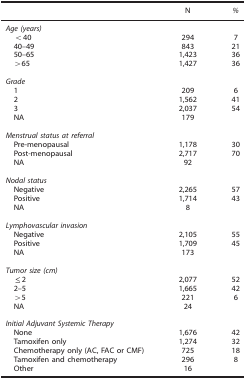
<table><thead><tr><td></td><td><b>N</b></td><td><b><i>%</i></b></td></tr></thead><tbody><tr><td><i>Age (years)</i></td><td></td><td></td></tr><tr><td> &lt;40</td><td>294</td><td>7</td></tr><tr><td> 40–49</td><td>843</td><td>21</td></tr><tr><td> 50–65</td><td>1,423</td><td>36</td></tr><tr><td> &gt;65</td><td>1,427</td><td>36</td></tr><tr><td></td><td> </td><td> </td></tr><tr><td colspan="3"><i>Grade</i></td></tr><tr><td> 1</td><td>209</td><td>6</td></tr><tr><td> 2</td><td>1,562</td><td>41</td></tr><tr><td> 3</td><td>2,037</td><td>54</td></tr><tr><td> NA</td><td>179</td><td> </td></tr><tr><td></td><td> </td><td> </td></tr><tr><td colspan="3"><i>Menstrual status at referral</i></td></tr><tr><td> Pre-menopausal</td><td>1,178</td><td>30</td></tr><tr><td> Post-menopausal</td><td>2,717</td><td>70</td></tr><tr><td> NA</td><td>92</td><td> </td></tr><tr><td></td><td> </td><td> </td></tr><tr><td colspan="3"><i>Nodal status</i></td></tr><tr><td> Negative</td><td>2,265</td><td>57</td></tr><tr><td> Positive</td><td>1,714</td><td>43</td></tr><tr><td> NA</td><td>8</td><td> </td></tr><tr><td></td><td> </td><td> </td></tr><tr><td colspan="3"><i>Lymphovascular invasion</i></td></tr><tr><td> Negative</td><td>2,105</td><td>55</td></tr><tr><td> Positive</td><td>1,709</td><td>45</td></tr><tr><td> NA</td><td>173</td><td> </td></tr><tr><td></td><td> </td><td> </td></tr><tr><td colspan="3"><i>Tumor size (cm)</i></td></tr><tr><td> ≤2</td><td>2,077</td><td>52</td></tr><tr><td> 2–5</td><td>1,665</td><td>42</td></tr><tr><td> &gt;5</td><td>221</td><td>6</td></tr><tr><td> NA</td><td>24</td><td> </td></tr><tr><td></td><td> </td><td> </td></tr><tr><td colspan="3"><i>Initial Adjuvant Systemic Therapy</i></td></tr><tr><td> None</td><td>1,676</td><td>42</td></tr><tr><td> Tamoxifen only</td><td>1,274</td><td>32</td></tr><tr><td> Chemotherapy only (AC, FAC or CMF)</td><td>725</td><td>18</td></tr><tr><td> Tamoxifen and chemotherapy</td><td>296</td><td>8</td></tr><tr><td> Other</td><td>16</td><td> </td></tr></tbody></table>